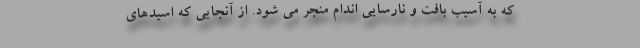
که به آسیب بافت و نارسایی اندام منجر می شود. از آنجایی که اسیدهای